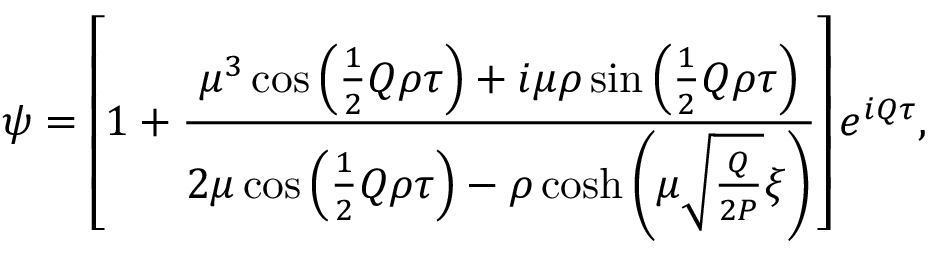
\psi = \left[ 1 + \frac { \mu ^ { 3 } \cos \left( \frac { 1 } { 2 } Q \rho \tau \right) + i \mu \rho \sin \left( \frac { 1 } { 2 } Q \rho \tau \right) } { 2 \mu \cos \left( \frac { 1 } { 2 } Q \rho \tau \right) - \rho \cosh \left( \mu \sqrt { \frac { Q } { 2 P } } \xi \right) } \right] e ^ { i Q \tau } ,